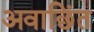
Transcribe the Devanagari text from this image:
अवाछिंत